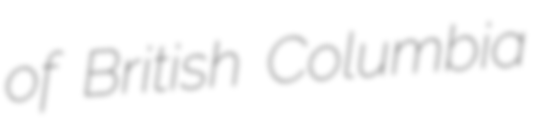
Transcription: of British Columbia